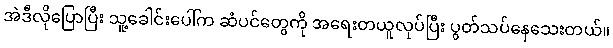
အဲဒီလိုပြောပြီး သူ့ခေါင်းပေါ်က ဆံပင်တွေကို အရေးတယူလုပ်ပြီး ပွတ်သပ်နေသေးတယ်။